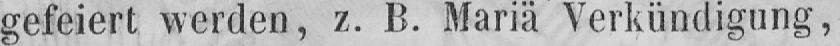
gefeiert werden, z. B. Mariä Verkündigung,